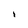
Character: I